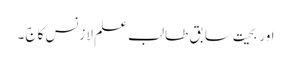
اور بحیت سابق طا لب علم لازنس کاج ۔